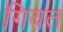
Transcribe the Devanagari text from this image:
गिवत